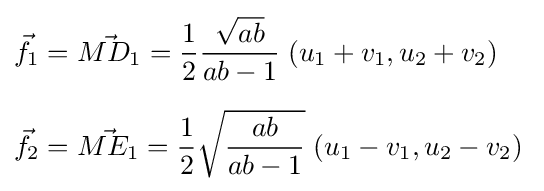
{\begin{aligned}{\vec {f}}_{1}&={\vec {MD_{1}}}={\frac {1}{2}}{\frac {\sqrt {ab}}{ab-1}}\;(u_{1}+v_{1},u_{2}+v_{2})\\[6pt]{\vec {f}}_{2}&={\vec {ME_{1}}}={\frac {1}{2}}{\sqrt {\frac {ab}{ab-1}}}\;(u_{1}-v_{1},u_{2}-v_{2})\;\end{aligned}}